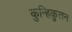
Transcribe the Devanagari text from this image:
कुन्हिकुत्तन